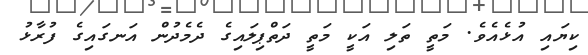
ކިޔައި އުޅެއެވެ. މަތީ ތަލި އަކީ މަތީ ދަތްޕިލައިގެ ދެމެދުން އަނގައިގެ ފުރާޅު